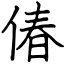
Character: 偆